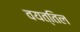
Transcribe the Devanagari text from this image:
वयत्तिल